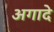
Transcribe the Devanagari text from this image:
अगादे